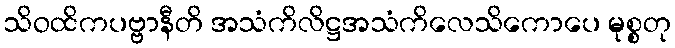
သိဝထိကပဗ္ဗာနီတိ အသံကိလိဋ္ဌအသံကိလေသိကောပေ မုစ္စတု